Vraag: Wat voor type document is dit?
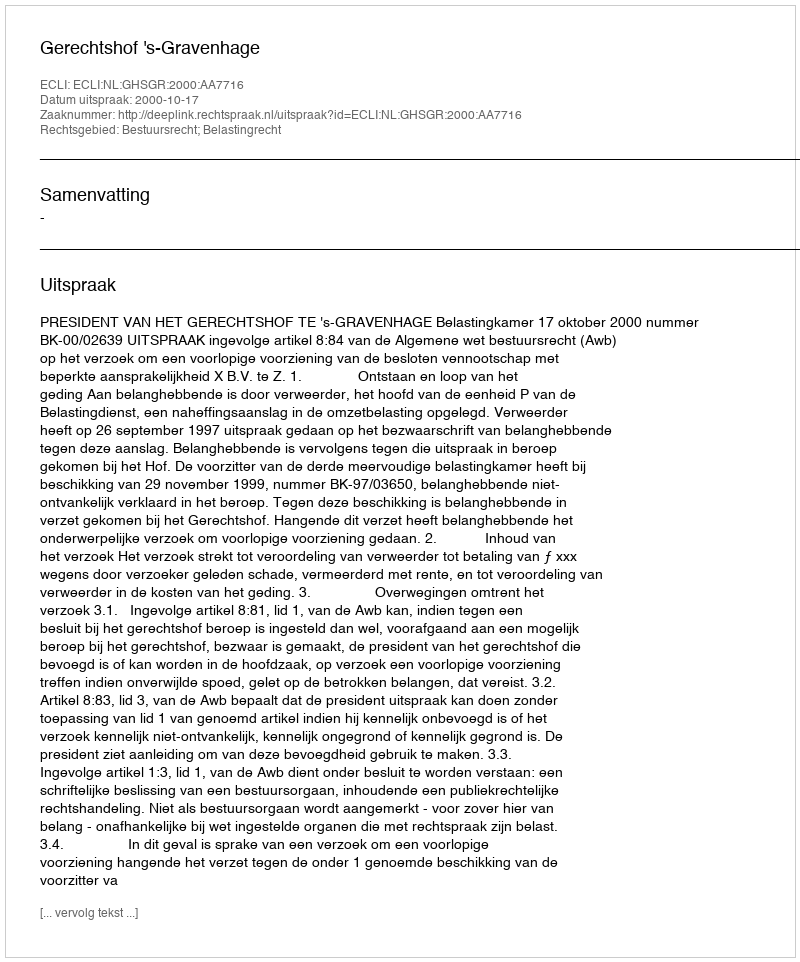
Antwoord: Uitspraak